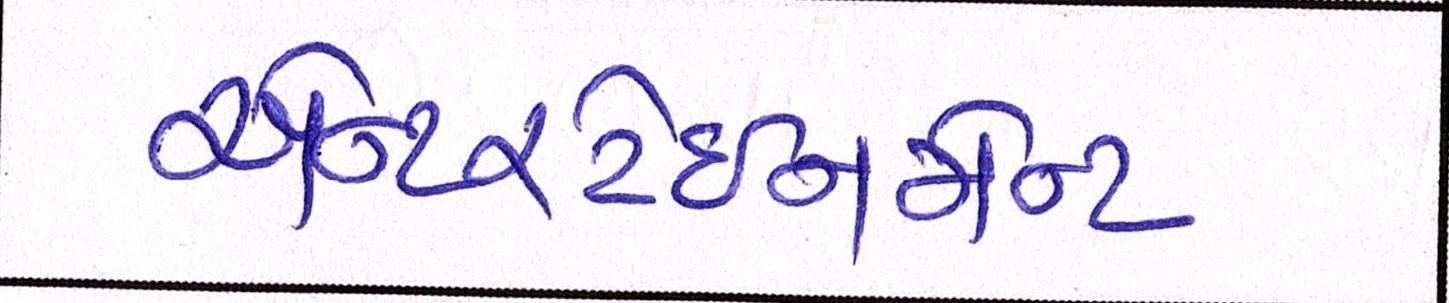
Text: એન્ટરટેઈનમેન્ટ